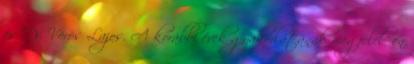
és Dr. Vörös Lajos. A korábbi évek gyakorlatának megfelelően